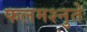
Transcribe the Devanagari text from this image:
फलमश्नुते